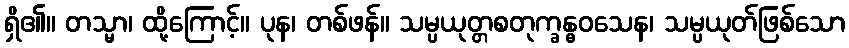
ရှိ၏။ တသ္မာ၊ ထို့ကြောင့်။ ပုန၊ တစ်ဖန်။ သမ္ပယုတ္တစတုက္ခန္ဓဝသေန၊ သမ္ပယုတ်ဖြစ်သော